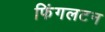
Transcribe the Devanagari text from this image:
फिंगलटन